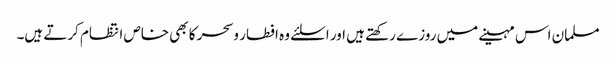
مسلمان اس مہینے میں روزے رکھتے ہیں اور اسلئے وہ افطار وسحر کا بھی خاص انتظام کرتے ہیں۔